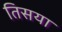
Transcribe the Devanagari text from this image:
तिसया